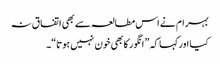
بہر ام نے اس مطالعہ سے بھی اتفا ق نہ
کیا اورکہا کہ ” انگور کابھی خون نہیں ہوتا“۔